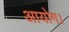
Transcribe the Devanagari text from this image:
आयोग।